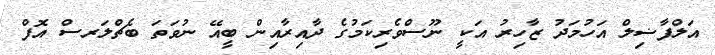
އަލްފާޟިލް އަހުމަދު ޒާހިރު އަކީ ނޫސްވެރިކަމުގެ ދާއިރާއިން ބީއޭ ނުވަތަ ބެޗްލަރސް އޮފް